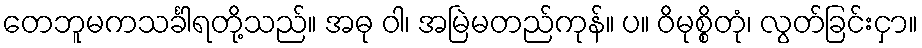
တေဘူမကသင်္ခါရတို့သည်။ အဓု ဝါ၊ အမြဲမတည်ကုန်။ ပ။ ဝိမုစ္စိတုံ၊ လွတ်ခြင်းငှာ။